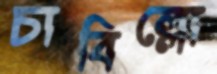
চাবিল্লো